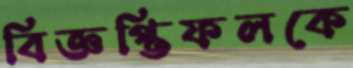
বিজ্ঞপ্তিফলকে